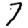
Digit: 7